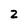
Character: 2